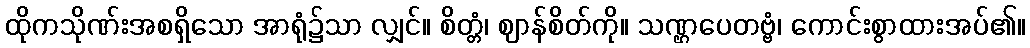
ထိုကသိုဏ်းအစရှိသော အာရုံ၌သာ လျှင်။ စိတ္တံ၊ ဈာန်စိတ်ကို။ သဏ္ဌပေတဗ္ဗံ၊ ကောင်းစွာထားအပ်၏။